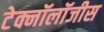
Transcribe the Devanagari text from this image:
टेक्नॉलॉजीस